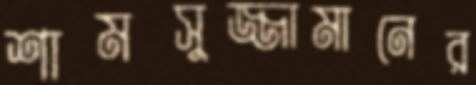
শামসুজ্জামানের